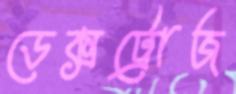
ডেক্সট্রোজ